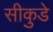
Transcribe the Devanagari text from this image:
सीकुडे